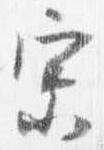
宗